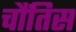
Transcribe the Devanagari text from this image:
चौंतिस